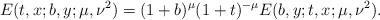
LaTeX: \begin{align*}E(t,x;b,y;\mu,\nu^2) = (1+b)^{\mu}(1+t)^{-\mu} E(b,y;t,x;\mu,\nu^2).\end{align*}